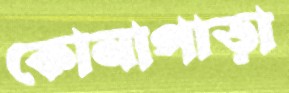
কোনাপাড়া